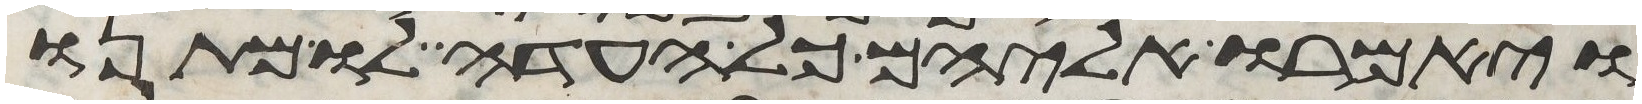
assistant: ויאמרו אליהם כל העדה לו מתנו